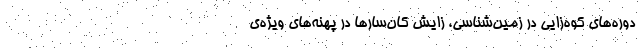
دوره‌های کوه‌زایی در زمین‌شناسی، زایش کان‌سارها در پهنه‌های ویژه‌ی